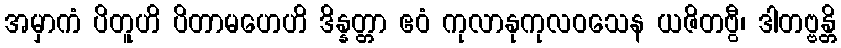
အမှာကံ ပိတူဟိ ပိတာမဟေဟိ ဒိန္နတ္တာ ဧဝံ ကုလာနုကုလဝသေန ယဇိတဗွီ၊ ဒါတဗ္ဗန္တိ